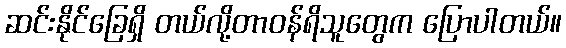
ဆင်းနိုင်ခြေရှိ တယ်လို့တာဝန်ရိသူတွေက ပြောပါတယ်။